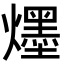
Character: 爅